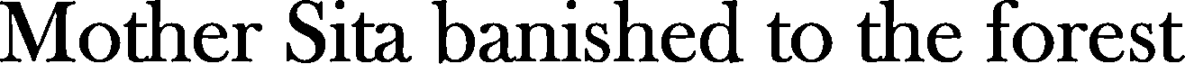
Mother Sita banished to the forest